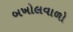
બખોલવાળો